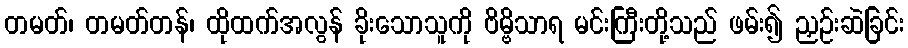
တမတ်၊ တမတ်တန်၊ ထိုထက်အလွန် ခိုးသောသူကို ဗိမ္ဗိသာရ မင်းကြီးတို့သည် ဖမ်း၍ ညှဉ်းဆဲခြင်း